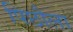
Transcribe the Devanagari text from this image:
पिछौला